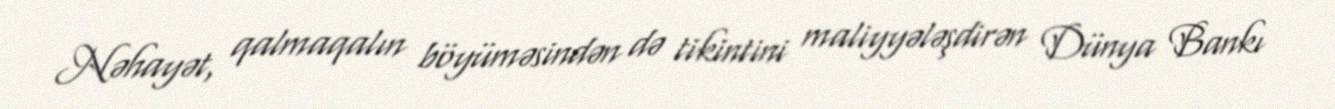
Nəhayət, qalmaqalın böyüməsindən də tikintini maliyyələşdirən Dünya Bankı